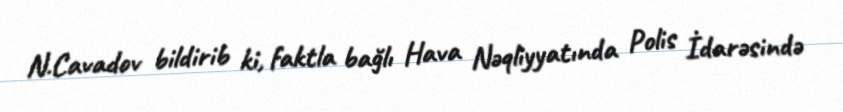
N.Cavadov bildirib ki, faktla bağlı Hava Nəqliyyatında Polis İdarəsində